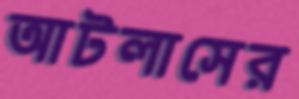
আটলাসের